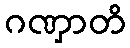
ဂဏှာတိ